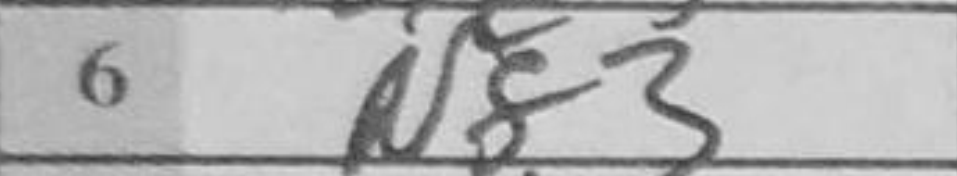
Transcription: Nf3